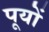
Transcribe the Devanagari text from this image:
पूयों